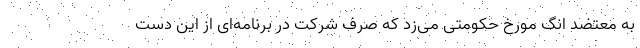
به معتضد انگ مورخ حکومتی می‌زد که صِرف شرکت در برنامه‌ای از این دست